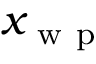
x _ { \mathrm { ~ w ~ p ~ } }